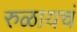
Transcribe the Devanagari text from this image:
रुळायचं